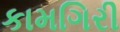
કામગિરી